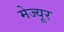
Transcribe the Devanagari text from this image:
मेज्यूर